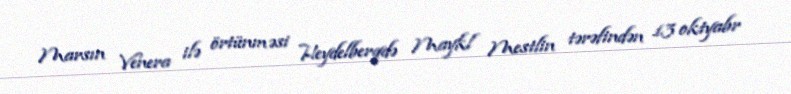
Marsın Venera ilə örtünməsi Heydelberqdə Maykl Mestlin tərəfindən 13 oktyabr